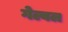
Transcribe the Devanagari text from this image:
गेल्वल